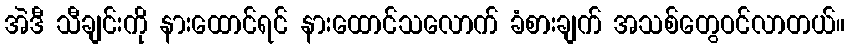
အဲဒီ သီချင်းကို နားထောင်ရင် နားထောင်သလောက် ခံစားချက် အသစ်တွေဝင်လာတယ်။